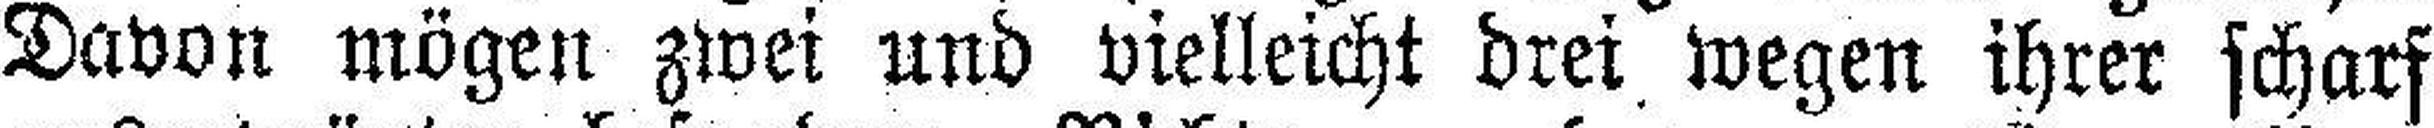
Davon mögen zwei und vielleicht drei wegen ihrer scharf